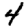
Digit: 4